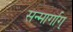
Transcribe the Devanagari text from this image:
सन्मार्गाग्